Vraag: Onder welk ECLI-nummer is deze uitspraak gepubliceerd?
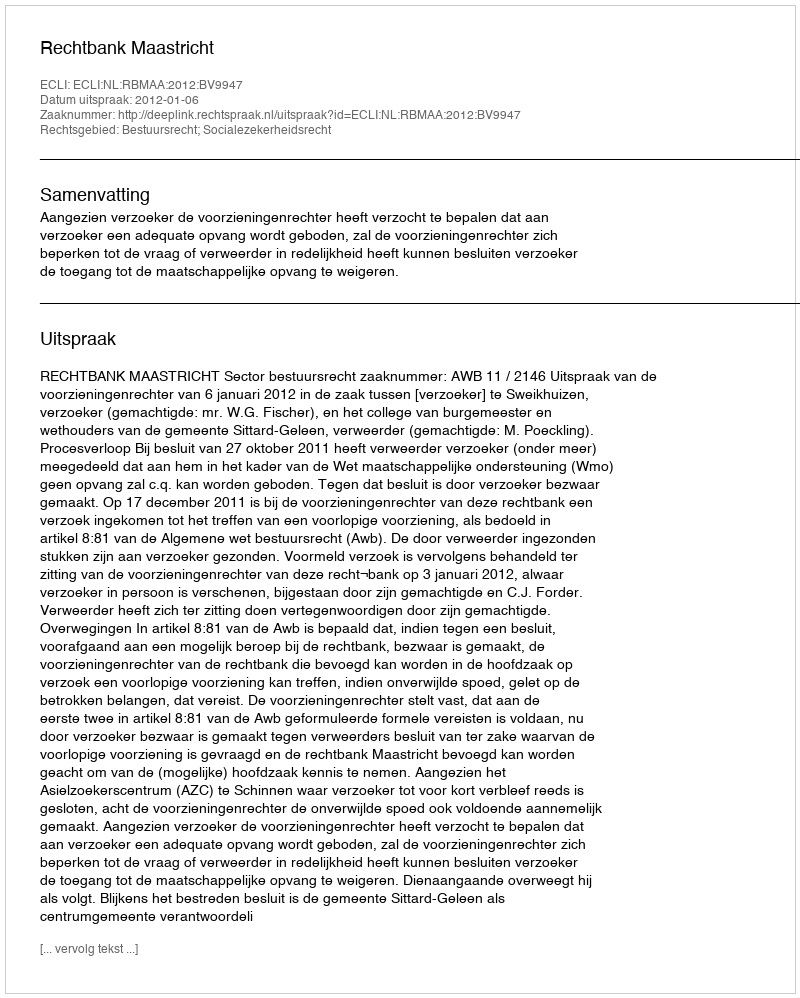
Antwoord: ECLI:NL:RBMAA:2012:BV9947